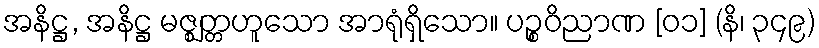
အနိဋ္ဌ, အနိဋ္ဌ မဇ္ဈတ္တဟူသော အာရုံရှိသော။ ပဉ္စဝိညာဏ [၀၁] (နိ၊ ၃၄၉)